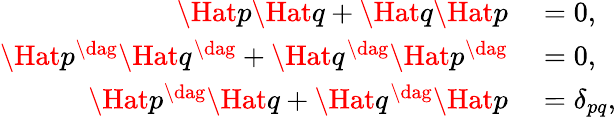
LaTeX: \begin{array}{rl}{\Hat{p}\Hat{q}+\Hat{q}\Hat{p}}&{{}=0,}\\ {\Hat{p}^{\dag}\Hat{q}^{\dag}+\Hat{q}^{\dag}\Hat{p}^{\dag}}&{{}=0,}\\ {\Hat{p}^{\dag}\Hat{q}+\Hat{q}^{\dag}\Hat{p}}&{{}=\delta_{pq},}\end{array}